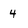
Character: 4